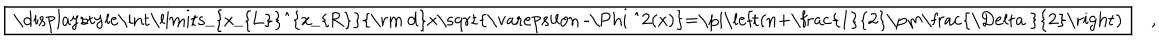
\fbox { \displaystyle \int _ { x _ { L } } ^ { x _ { R } } \mathrm { d } x \sqrt { \varepsilon - \Phi ^ { 2 } ( x ) } = \pi \left( n + \frac { 1 } { 2 } \pm \frac { \Delta } { 2 } \right) } \quad ,